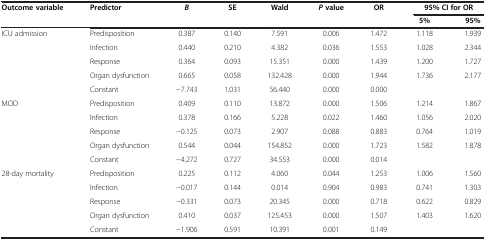
<table><thead><tr><td><b>Outcome variable</b></td><td><b>Predictor</b></td><td><b><i>B</i></b></td><td><b>SE</b></td><td><b>Wald</b></td><td><b><i>P </i>value</b></td><td><b>OR</b></td><td colspan="2"><b>95% CI for OR</b></td></tr><tr><td><b> </b></td><td><b> </b></td><td><b> </b></td><td><b> </b></td><td><b> </b></td><td><b> </b></td><td><b> </b></td><td><b>5%</b></td><td><b>95%</b></td></tr></thead><tbody><tr><td>ICU admission</td><td>Predisposition</td><td>0.387</td><td>0.140</td><td>7.591</td><td>0.006</td><td>1.472</td><td>1.118</td><td>1.939</td></tr><tr><td> </td><td>Infection</td><td>0.440</td><td>0.210</td><td>4.382</td><td>0.036</td><td>1.553</td><td>1.028</td><td>2.344</td></tr><tr><td> </td><td>Response</td><td>0.364</td><td>0.093</td><td>15.351</td><td>0.000</td><td>1.439</td><td>1.200</td><td>1.727</td></tr><tr><td> </td><td>Organ dysfunction</td><td>0.665</td><td>0.058</td><td>132.428</td><td>0.000</td><td>1.944</td><td>1.736</td><td>2.177</td></tr><tr><td> </td><td>Constant</td><td>−7.743</td><td>1.031</td><td>56.440</td><td>0.000</td><td>0.000</td><td> </td><td> </td></tr><tr><td>MOD</td><td>Predisposition</td><td>0.409</td><td>0.110</td><td>13.872</td><td>0.000</td><td>1.506</td><td>1.214</td><td>1.867</td></tr><tr><td> </td><td>Infection</td><td>0.378</td><td>0.166</td><td>5.228</td><td>0.022</td><td>1.460</td><td>1.056</td><td>2.020</td></tr><tr><td> </td><td>Response</td><td>−0.125</td><td>0.073</td><td>2.907</td><td>0.088</td><td>0.883</td><td>0.764</td><td>1.019</td></tr><tr><td> </td><td>Organ dysfunction</td><td>0.544</td><td>0.044</td><td>154.852</td><td>0.000</td><td>1.723</td><td>1.582</td><td>1.878</td></tr><tr><td> </td><td>Constant</td><td>−4.272</td><td>0.727</td><td>34.553</td><td>0.000</td><td>0.014</td><td> </td><td> </td></tr><tr><td>28-day mortality</td><td>Predisposition</td><td>0.225</td><td>0.112</td><td>4.060</td><td>0.044</td><td>1.253</td><td>1.006</td><td>1.560</td></tr><tr><td> </td><td>Infection</td><td>−0.017</td><td>0.144</td><td>0.014</td><td>0.904</td><td>0.983</td><td>0.741</td><td>1.303</td></tr><tr><td> </td><td>Response</td><td>−0.331</td><td>0.073</td><td>20.345</td><td>0.000</td><td>0.718</td><td>0.622</td><td>0.829</td></tr><tr><td> </td><td>Organ dysfunction</td><td>0.410</td><td>0.037</td><td>125.453</td><td>0.000</td><td>1.507</td><td>1.403</td><td>1.620</td></tr><tr><td> </td><td>Constant</td><td>−1.906</td><td>0.591</td><td>10.391</td><td>0.001</td><td>0.149</td><td> </td><td> </td></tr></tbody></table>